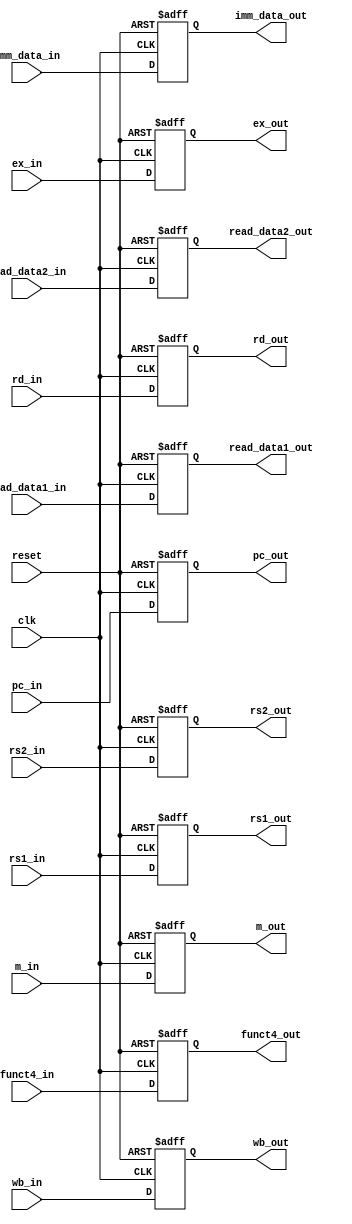
module ID_EX
(
  input [63:0]pc_in,
  input [63:0]imm_data_in,
  input [63:0]read_data1_in,
  input [63:0]read_data2_in,
  input [4:0]rs1_in,
  input [4:0]rs2_in,
  input [4:0]rd_in,
  input [3:0]funct4_in,
  input [1:0]wb_in,
  input [2:0]m_in,
  input [2:0]ex_in,
  input reset,
  input clk,
  
  output reg [63:0]pc_out,
  output reg [63:0]imm_data_out,
  output reg [63:0]read_data1_out,
  output reg [63:0]read_data2_out,
  output reg [4:0]rs1_out,
  output reg [4:0]rs2_out,
  output reg [4:0]rd_out,
  output reg [3:0]funct4_out,
  output reg  [1:0]wb_out,
  output reg  [2:0]m_out,
  output reg  [2:0]ex_out
);

always @ (posedge clk, posedge reset)
begin
  if (reset)
    begin
      pc_out = 0;
  imm_data_out = 0;
  read_data1_out = 0;
  read_data2_out = 0;
  rs1_out = 0;
  rs2_out = 0;
  rd_out = 0;
  funct4_out = 0;
  wb_out = 0;
  m_out = 0;
  ex_out = 0;
    end
else
  begin
  pc_out = pc_in;
  imm_data_out = imm_data_in;
  read_data1_out = read_data1_in;
  read_data2_out = read_data2_in;
  rs1_out = rs1_in;
  rs2_out = rs2_in;
  rd_out = rd_in;
  funct4_out = funct4_in;
  wb_out = wb_in;
  m_out = m_in;
  ex_out = ex_in;
end
end

endmodule